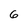
Character: 6